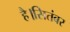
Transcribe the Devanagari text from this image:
है।सितंबर